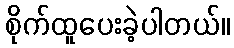
စိုက်ထူပေးခဲ့ပါတယ်။